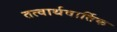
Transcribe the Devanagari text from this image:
तत्वार्थवार्तिक